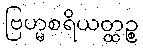
ဗြဟ္မစရိယတ္ထဉ္စ